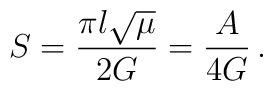
S=\frac{\pi l\sqrt{\mu}}{2G}=\frac{A}{4G}\,.